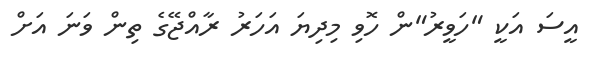
އީސަ އަކީ "ހަވީރު"ން ހޮވި މިދިޔަ އަހަރު ރާއްޖޭގެ ތިން ވަނަ އަށް